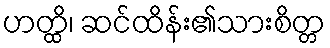
ဟတ္ထိ၊ ဆင်ထိန်း၏သားစိတ္တ